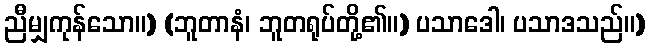
ညီမျှကုန်သော။) (ဘူတာနံ၊ ဘူတရုပ်တို့၏။) ပသာဒေါ၊ ပသာဒသည်။)